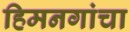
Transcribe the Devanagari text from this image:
हिमनगांचा